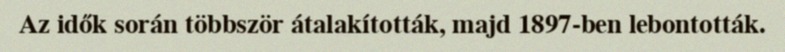
Az idők során többször átalakították, majd 1897-ben lebontották.